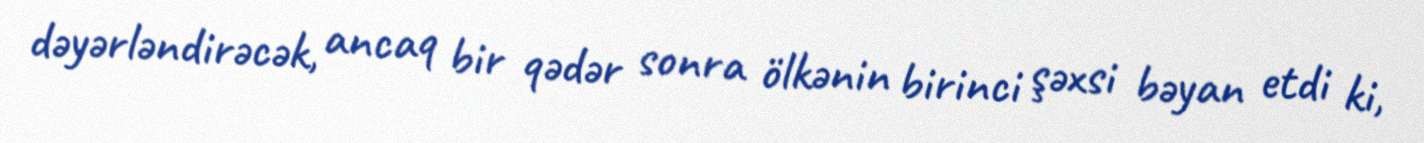
dəyərləndirəcək, ancaq bir qədər sonra ölkənin birinci şəxsi bəyan etdi ki,